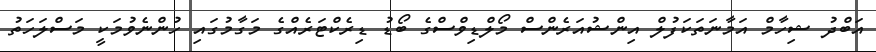
އަބްދު ޝިހާމް އަމާނަތަކަފުލް އިންޝުއަރެންސް މޯލްޑިވްސްގެ ބޯޑު ޑިރެކްޓަރެއްގެ މަގާމުގައި ހުންނެވުމަކީ މަސްލަހަތު